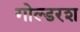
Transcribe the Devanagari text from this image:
गोल्डरश